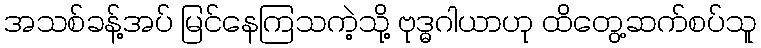
အသစ်ခန့်အပ် မြင်နေကြသကဲ့သို့ ဗုဒ္ဓဂါယာဟု ထိတွေ့ဆက်စပ်သူ